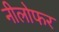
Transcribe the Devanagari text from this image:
नीलोफर